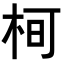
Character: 𭩵